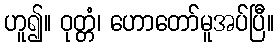
ဟူ၍။ ဝုတ္တံ၊ ဟောတော်မူအပ်ပြီ။